画像に写った文字を読んでください
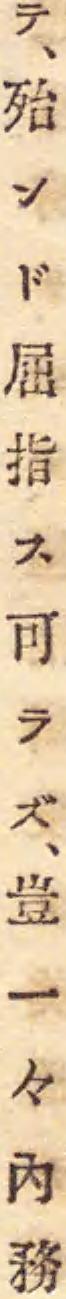
「テ、殆ンド屈指ス可ラズ、豈一々內務」と書いてあります